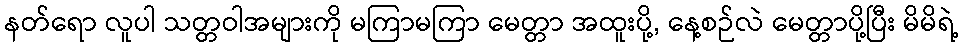
နတ်ရော လူပါ သတ္တဝါအများကို မကြာမကြာ မေတ္တာ အထူးပို့, နေ့စဉ်လဲ မေတ္တာပို့ပြီး မိမိရဲ့